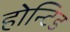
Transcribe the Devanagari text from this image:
होन्टिड